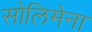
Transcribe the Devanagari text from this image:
सोलिमेना